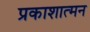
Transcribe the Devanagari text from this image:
प्रकाशात्मन